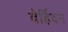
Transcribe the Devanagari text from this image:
वेर्हिदन